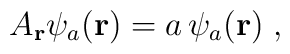
{A}_{\bf r}\psi_{a} ({\bf r})= a  \,   \psi_{a} ({\bf r})\;  ,